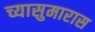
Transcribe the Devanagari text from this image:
च्यासुमारास